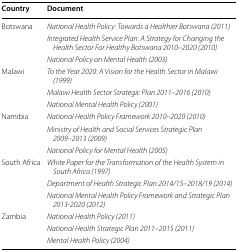
| Country | Document |
 | --- | --- |
 | <ROWSPAN=3> Botswana | National Health Policy: Towards a Healthier Botswana (2011) |
 | Integrated Health Service Plan: A Strategy for Changing the Health Sector For Healthy Botswana 2010–2020 (2010) |
 | National Policy on Mental Health (2003) |
 | <ROWSPAN=3> Malawi | To the Year 2020: A Vision for the Health Sector in Malawi (1999) |
 | Malawi Health Sector Strategic Plan 2011–2016 (2010) |
 | National Mental Health Policy (2001) |
 | <ROWSPAN=3> Namibia | National Health Policy Framework 2010–2020 (2010) |
 | Ministry of Health and Social Services Strategic Plan 2009–2013 (2009) |
 | National Policy for Mental Health (2005) |
 | <ROWSPAN=3> South Africa | White Paper for the Transformation of the Health System in South Africa (1997) |
 | Department of Health Strategic Plan 2014/15–2018/19 (2014) |
 | National Mental Health Policy Framework and Strategic Plan 2013-2020 (2012) |
 | <ROWSPAN=3> Zambia | National Health Policy (2011) |
 | National Health Strategic Plan 2011–2015 (2011) |
 | Mental Health Policy (2004) |